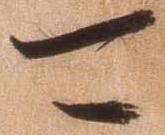
可